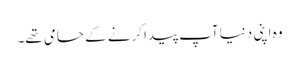
وہ اپنی دنیا آپ پیدا کرنے کے حامی تھے۔